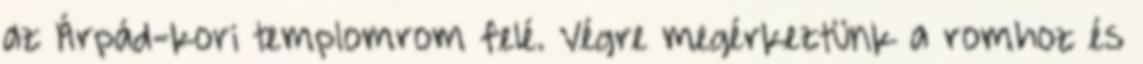
az Árpád-kori templomrom felé. Végre megérkeztünk a romhoz és